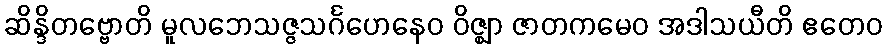
ဆိန္ဒိတဗ္ဗောတိ မူလဘေသဇ္ဇသင်္ဂဟေနေဝ ဝိဇ္ဈာ ဇာတကမေဝ အဒါသယီတိ ဧတေဝ